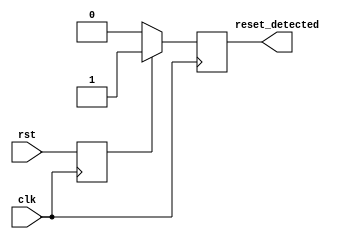
module sync_reset_detector (
    input wire clk,                // System clock signal
    input wire rst,                // Reset signal
    output reg reset_detected      // Output signal indicating reset state
);

// Internal register to hold the last known state of the reset signal
reg rst_reg;

// Synchronous process to capture the reset state on the clock edge
always @(posedge clk) begin
    // Capture the reset signal state
    rst_reg <= rst;

    // Set the reset_detected output based on the captured reset state
    if (rst_reg) begin
        reset_detected <= 1'b1;   // Reset is active
    end else begin
        reset_detected <= 1'b0;   // Reset is inactive
    end
end

endmodule